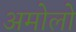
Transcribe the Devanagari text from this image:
अमोलो